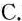
C.